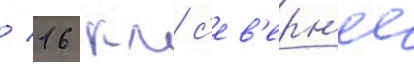
/ 16 км с'ев'ерн'ее